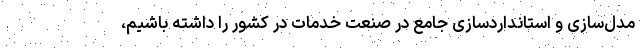
مدل‌سازی و استانداردسازی جامع در صنعت خدمات در کشور را داشته باشیم،